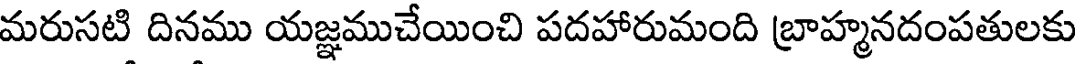
మరుసటి దినము యజ్ఞముచేయించి పదహారుమంది బ్రాహ్మనదంపతులకు